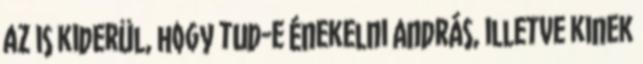
az is kiderül, hogy tud-e énekelni András, illetve kinek